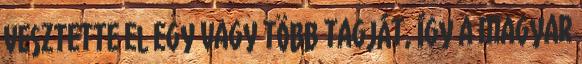
vesztette el egy vagy több tagját, így a magyar